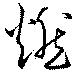
煌